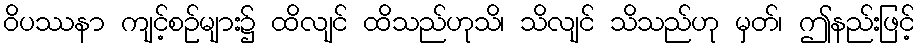
ဝိပဿနာ ကျင့်စဉ်များ၌ ထိလျင် ထိသည်ဟုသိ၊ သိလျင် သိသည်ဟု မှတ်၊ ဤနည်းဖြင့်